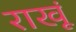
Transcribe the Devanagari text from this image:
राखूं